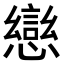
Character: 𭟄